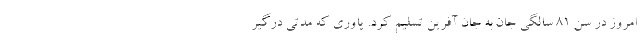
امروز در سن 81 سالگی جان به جان آفرین تسلیم کرد. یاوری که مدتی درگیر